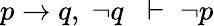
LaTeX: p\to q,\; \neg q\; \; \vdash\; \neg p